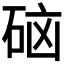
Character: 𮵑